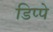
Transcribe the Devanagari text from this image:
डिप्‍पे